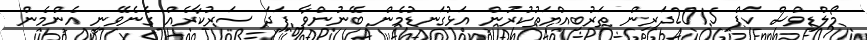
މޯލްޑިވްސް ކަޕް 2015ދަރިން ތަރުބިއްޔަތުކުރުން އަޅުގަނޑުމެން ބޭނުންވާ ފަދަ ސަރުކާރެއް ގެނެވޭނީ އެންމެން